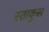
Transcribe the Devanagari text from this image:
स्ताकुस